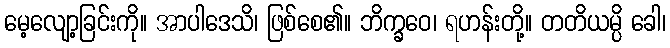
မေ့လျော့ခြင်းကို။ အာပါဒေသိ၊ ဖြစ်စေ၏။ ဘိက္ခဝေ၊ ရဟန်းတို့။ တတိယမ္ပိ ခေါ၊